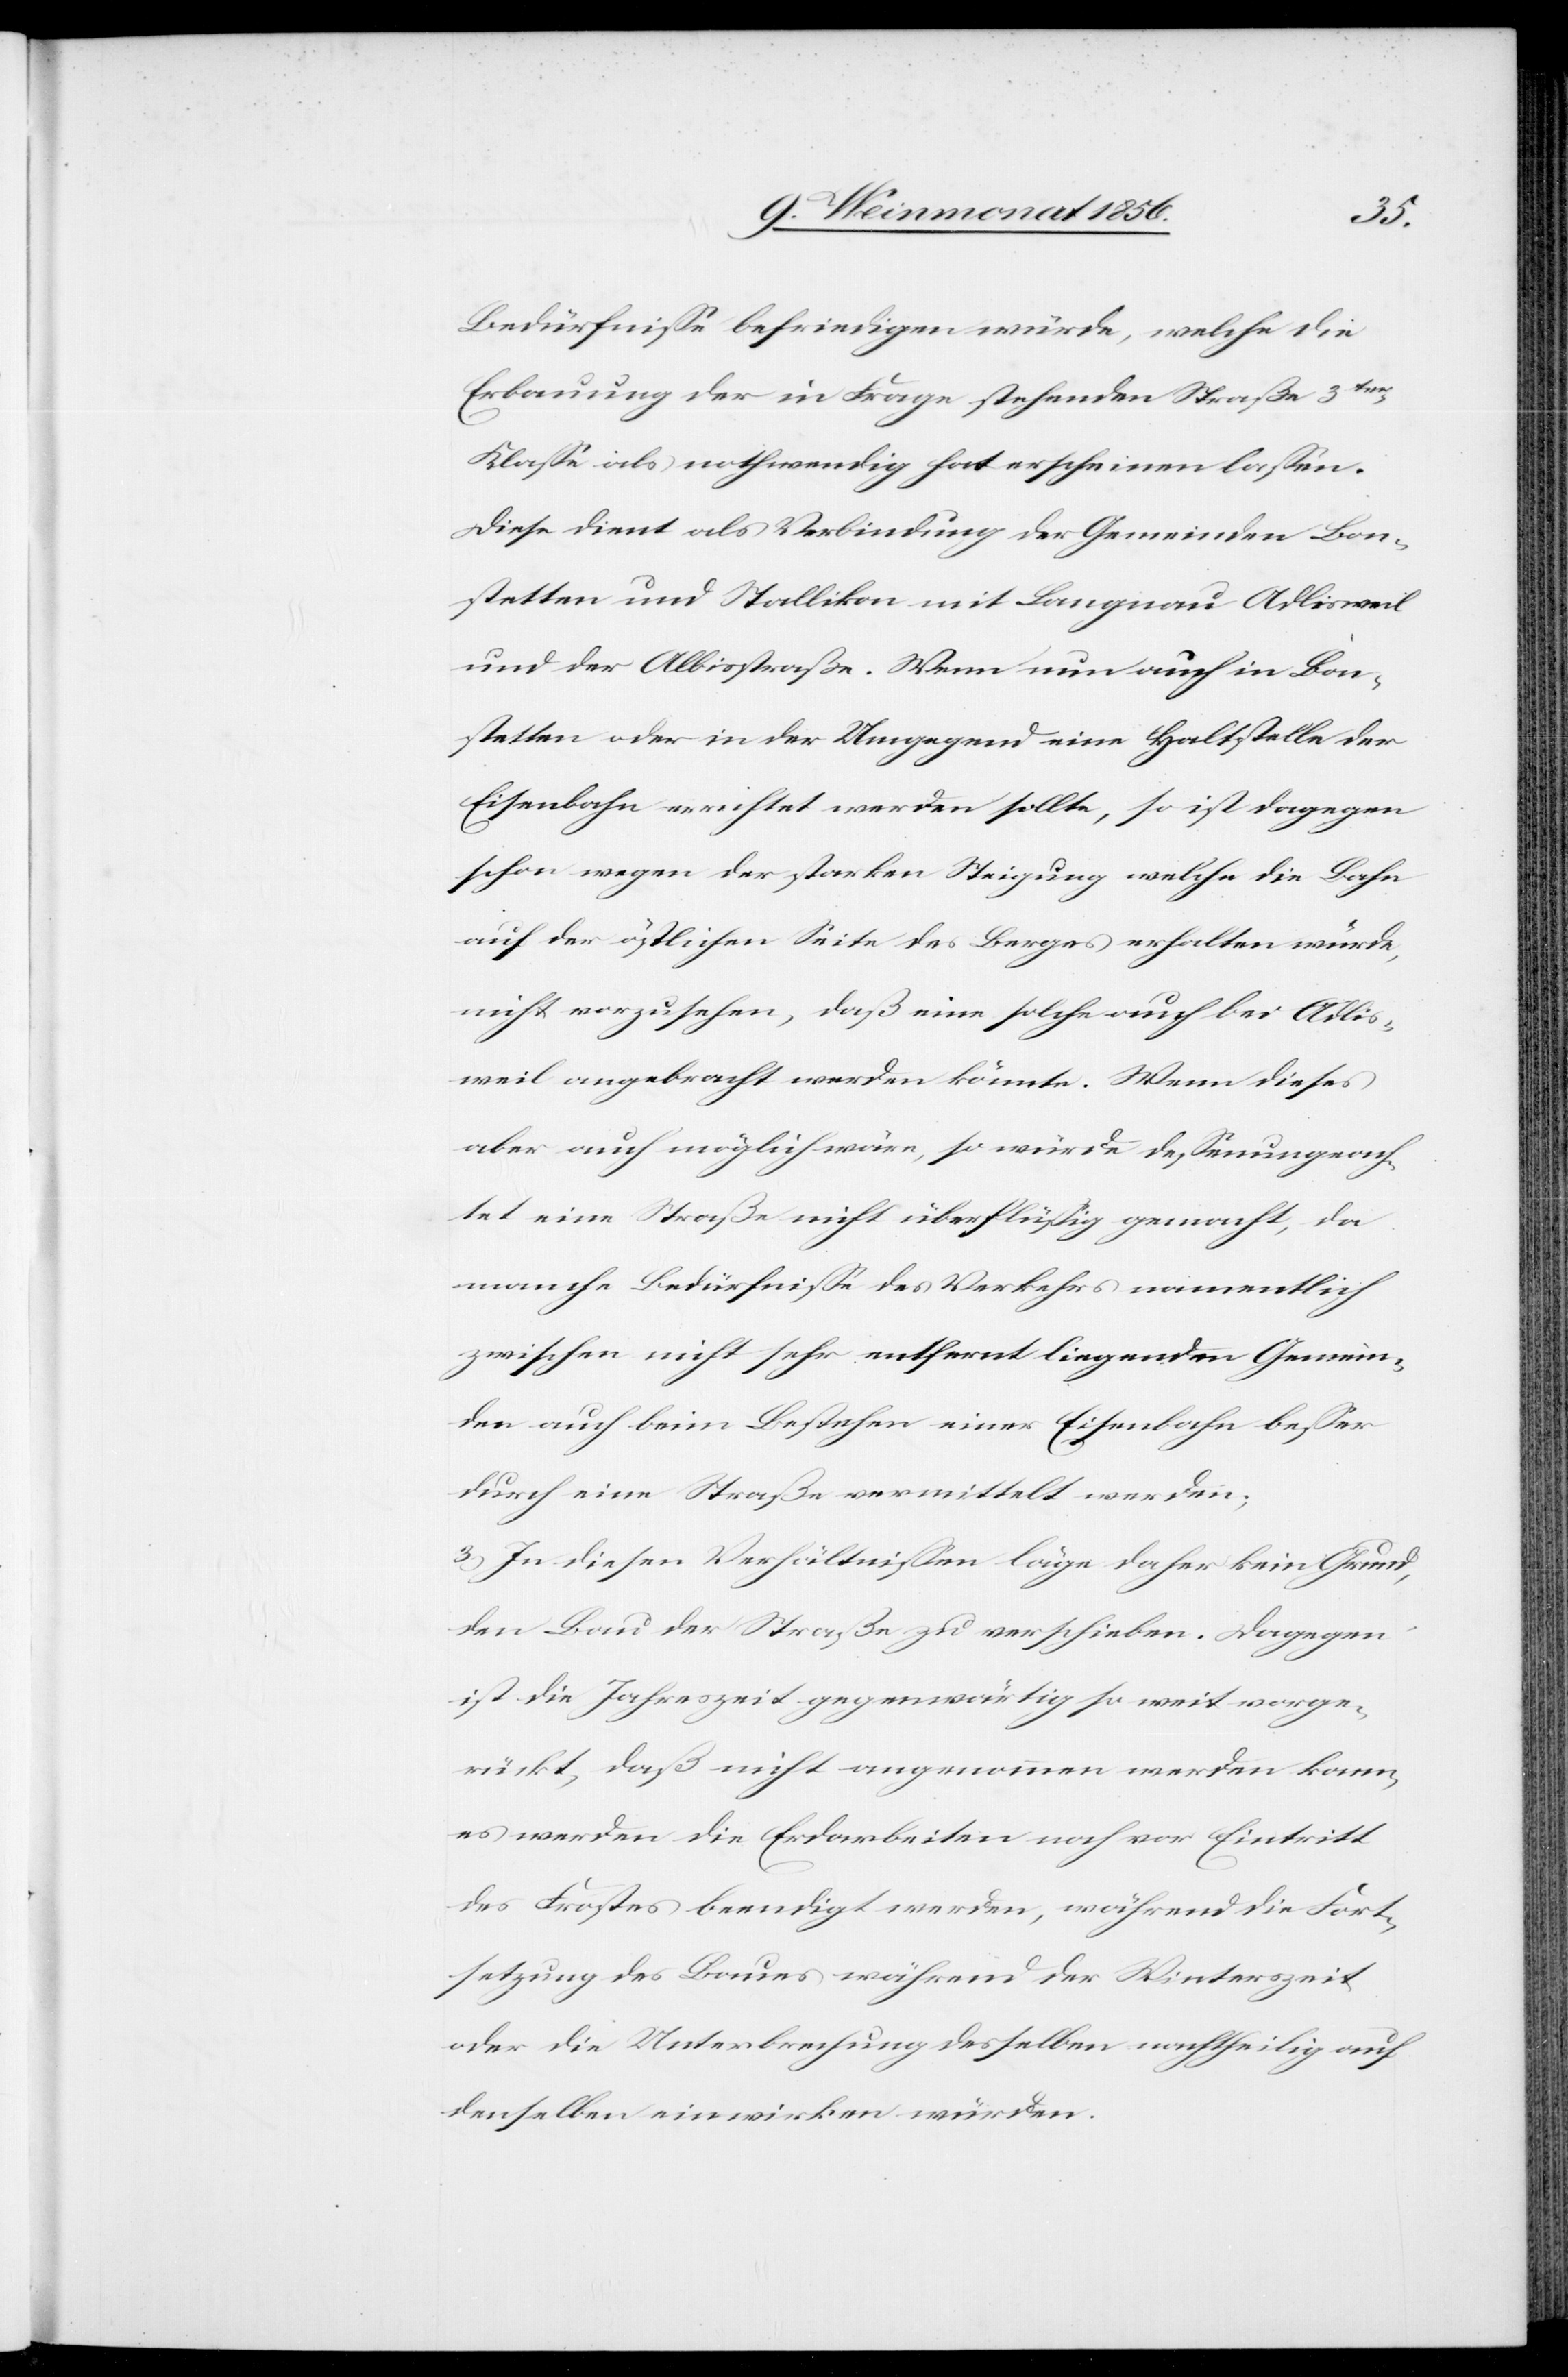
Bedürfnisse befriedigen würde, welche die
Erbauung der in Frage stehenden Straße 3ter
Klasse als nothwendig hat erscheinen lassen.
Diese dient als Verbindung der Gemeinden Bon¬
stetten und Stallikon mit Langnau Adlisweil
und der Albisstraße. Wenn nun auch in Bon¬
stetten oder in der Umgegend eine Haltstelle der
Eisenbahn errichtet werden sollte, so ist dagegen
schon wegen der starken Steigung welche die Bahn
auf der östlichen Seite des Berges erhalten würde,
nicht vorzusehen, daß eine solche auch bei Adlis¬
weil angebracht werden könnte. Wenn dieses
aber auch möglich wäre, so würde dessenungeach¬
tet eine Straße nicht überflüssig gemacht, da
manche Bedürfnisse des Verkehrs namentlich
zwischen nicht sehr entfernt liegenden Gemein¬
den auch beim Bestehen einer Eisenbahn besser
durch eine Straße vermittelt werden;
3) In diesen Verhältnissen läge daher kein Grund,
den Bau der Straße zu verschieben. Dagegen
ist die Jahreszeit gegenwärtig so weit vorge¬
rückt, daß nicht angenommen werden kann,
es werden die Erdarbeiten noch vor Eintritt
des Frostes beendigt werden, während die Fort¬
setzung des Baues während der Winterzeit
oder die Unterbrechung desselben nachtheilig auf
denselben einwirken würden.